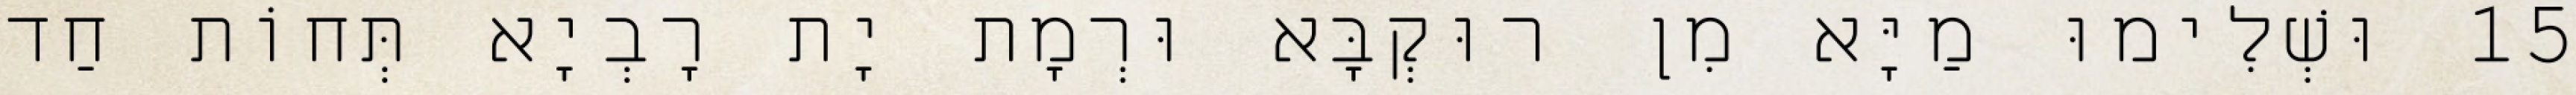
15 וּשְׁלִימוּ מַיָּא מִן רוּקְבָּא וּרְמָת יָת רָבְיָא תְּחוֹת חַד